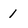
Character: 1